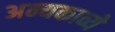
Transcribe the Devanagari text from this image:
अन्यकाव्ये